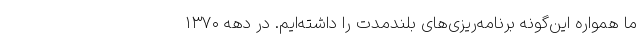
ما همواره این‌گونه برنامه‌ریزی‌های بلندمدت را داشته‌ایم. در دههٔ ۱۳۷۰